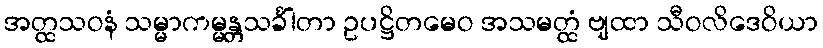
အတ္ထသဝနံ သမ္မာကမ္မန္တသင်္ခါတာ ဥပဋ္ဌိတမေဝ အသမတ္ထံ ဗျထာ သီဝလိဒေဝိယာ